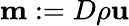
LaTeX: \mathbf{m}:=D\rho\mathbf{u}